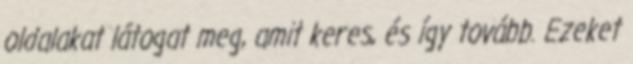
oldalakat látogat meg, amit keres, és így tovább. Ezeket